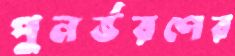
পুনর্ভরণের